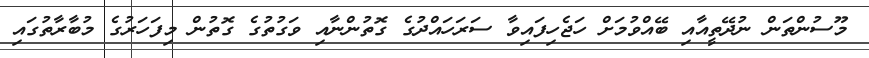
މޫސުންތަން ނުދޭތީއާއި ބޭއްވުމަށް ހަޖެހިފައިވާ ސަރަހައްދުގެ ގޮތުންނާއި ވަގުތުގެ ގޮތުން މިފަހަރުގެ މުބާރާތުގައި